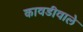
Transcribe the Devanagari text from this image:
कावडीवाले